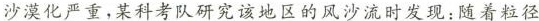
沙漠化严重，某科考队研究该地区的风沙流时发现：随着粒径